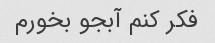
فکر کنم آبجو بخورم